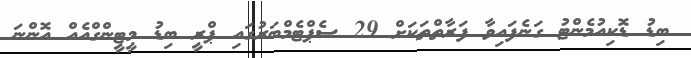
ބިޑު ޑޮކިއުމެންޓު ގަނެފައިވާ ފަރާތްތަކަށް 29 ސެޕްޓެމްބަރުގައި ޕްރީ ބިޑު މީޓީންގްއެއް އޮންނަ